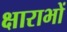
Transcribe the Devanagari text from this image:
क्षाराभों